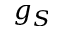
g _ { S }